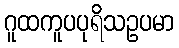
ဂူထကူပပုရိသဥပမာ